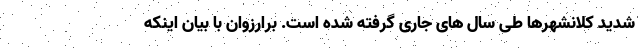
شدید کلانشهرها طی سال های جاری گرفته شده است. برارزوان با بیان اینکه